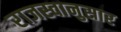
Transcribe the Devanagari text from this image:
राजस्वानुसार